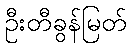
ဦးတီခွန်မြတ်